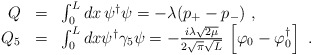
\begin{align*}\begin{array}{r c l}Q&=&\int_0^L dx\,\psi^\dagger\psi=-\lambda(p_+-p_-)\ ,\\Q_5&=&\int_0^L dx\psi^\dagger\gamma_5\psi=-\frac{i\lambda\sqrt{2\mu}}{2\sqrt{\pi}\sqrt{L}}\,\left[\varphi_0-\varphi^\dagger_0\right]\ .\end{array}\end{align*}